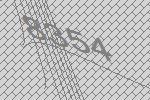
8354